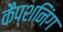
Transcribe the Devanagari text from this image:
कैप्शनिंग